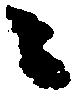
ニ